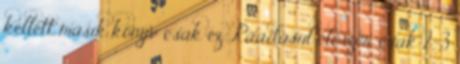
kellett másik könyv csak ez. Ráadásul először csak 2-3